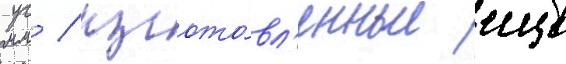
мм / изгото́вл'енные еще